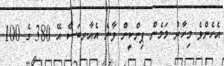
އެހެންވެ މިހާރު މަމެން ޕިންކީން ވާނެ އެއާރބަސް އޭ 380 ގެ 100